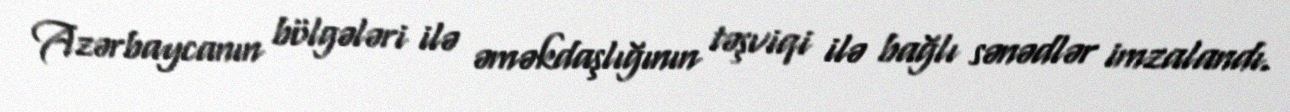
Azərbaycanın bölgələri ilə əməkdaşlığının təşviqi ilə bağlı sənədlər imzalandı.